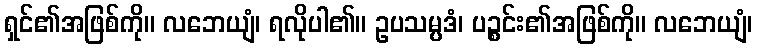
ရှင်၏အဖြစ်ကို။ လဘေယျံ၊ ရလိုပါ၏။ ဥပသမ္ပဒံ၊ ပဉ္စင်း၏အဖြစ်ကို။ လဘေယျံ၊